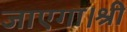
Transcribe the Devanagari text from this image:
जाएगा।श्री